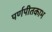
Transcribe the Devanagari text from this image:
पर्णपीतकाभ